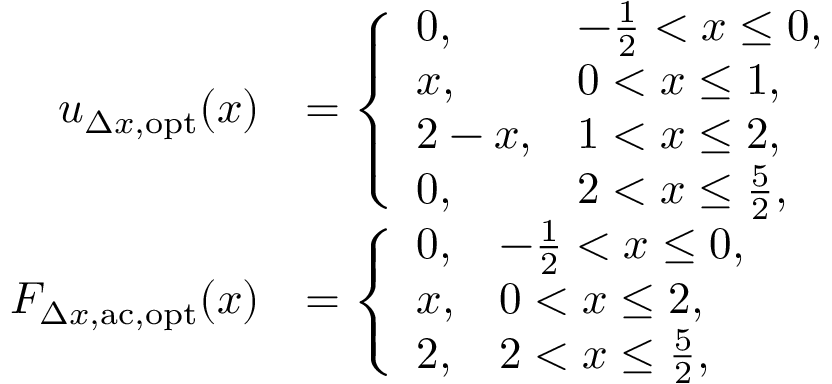
\begin{array} { r l } { u _ { \Delta x , \mathrm { o p t } } ( x ) } & { = \left\{ \begin{array} { l l } { 0 , } & { - \frac { 1 } { 2 } < x \leq 0 , } \\ { x , } & { 0 < x \leq 1 , } \\ { 2 - x , } & { 1 < x \leq 2 , } \\ { 0 , } & { 2 < x \leq \frac { 5 } { 2 } , } \end{array} \right. } \\ { F _ { \Delta x , \mathrm { a c } , \mathrm { o p t } } ( x ) } & { = \left\{ \begin{array} { l l } { 0 , } & { - \frac { 1 } { 2 } < x \leq 0 , } \\ { x , } & { 0 < x \leq 2 , } \\ { 2 , } & { 2 < x \leq \frac { 5 } { 2 } , } \end{array} \right. } \end{array}